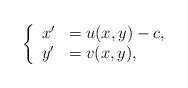
\begin{align*}\left\{\begin{array}{lll} x'&=u(x,y)-c,\\ y'&=v(x,y),\end{array} \right.\end{align*}